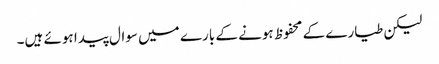
لیکن طیارے کے محفوظ ہونے کے بارے میں سوال پیدا ہوئے ہیں۔